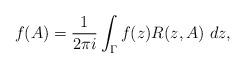
LaTeX: \begin{align*}f(A)=\frac{1}{2\pi i} \int_{\Gamma} f(z)R(z,A)\ dz,\end{align*}